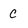
Character: C